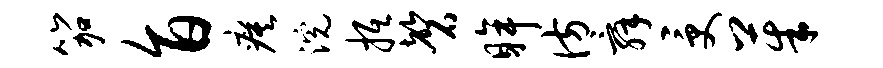
笳旨瘼浣抵磬眸彷舜受茱